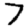
Digit: 7